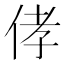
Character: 侾